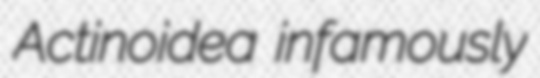
Actinoidea infamously